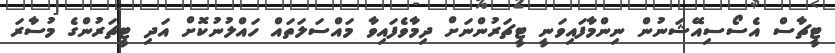
ޓީޗާސް އެސޯސިއޭޝަނުން ނިންމާފައިވަނީ ޓީޗަރުންނަށް ދިމާވެފައިވާ މައްސަލަތައް ހައްލުނުކޮށް އަދި ޓީޗަރުންގެ މުސާރަ